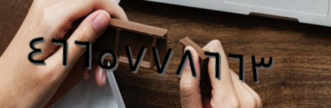
٤٦٦٥٧٧٨٦٦٣